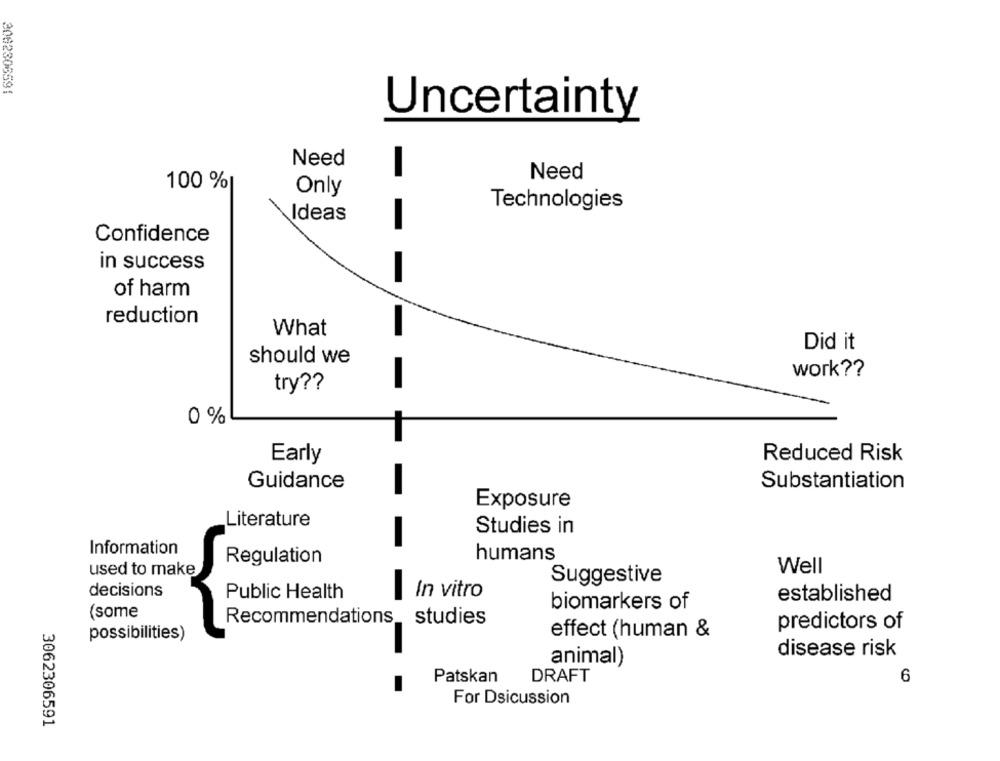
2082306591
Uncertainty
Need
-
Need
100 %
Only
Technologies
Ideas
-
Confidence
in success
of harm
reduction
What
Did it
should we
work ??
try ??
0 %
Reduced Risk
Early
Guidance
Substantiation
Exposure
Literature
Studies in
-
Information
Regulation
humans
used to make
Well
Suggestive
decisions
In vitro
Public Health
established
biomarkers of
(some
Recommendations
studies
predictors of
possibilities)
effect (human &
disease risk
animal)
DRAFT
6
Patskan
For Dsicussion
3062306591